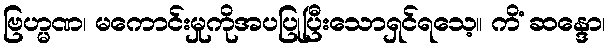
ဗြဟ္မဏ၊ မကောင်းမှုကိုအပပြုပြီးသောရှင်ရသေ့။ ကိံ ဆန္ဒော၊